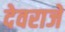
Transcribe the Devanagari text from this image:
देवराजे